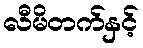
လီမိတက်နှင့်